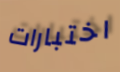
اختبارات